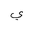
Letter: _ya